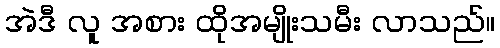
အဲဒီ လူ အစား ထိုအမျိုးသမီး လာသည်။